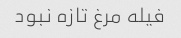
فیله مرغ تازه نبود